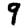
Digit: 9